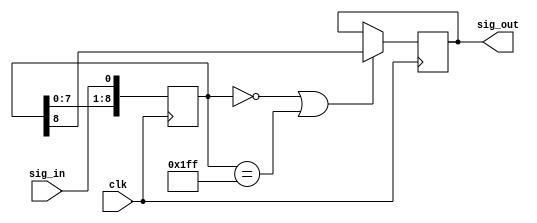
/*******************************************************************************
 *
 * Copyright(C) 2008-2020 ERC CISST, Johns Hopkins University.
 *
 * Debouncer works by changing the output only when the input remains steady
 * for a number of clock cycles (number of bits in the shift register).
 *
 * Select a clock frequency and shift register size based on need.  This acts
 * like a lowpass filter.  Lower frequency and/or larger register results in a
 * lower cutoff frequency with greater in-to-out delay (and vice versa).
 *
 * Revision history
 *     05/20/08    Paul Thienphrapa    Initial revision
 */
 

module Debounce(
    input  wire clk,      // clock to use for debouncing
    input  wire sig_in,   // raw signal input
    output reg  sig_out   // debounced signal output
);

    // # of consecutive bits required for a signal transition
    parameter bits = 9;

    // local wires and registers
    reg[bits-1:0] sig_shift;     // input signal shift register
    wire[bits-1:0] all_zeros;    // vector of all zeros
    wire[bits-1:0] all_ones;     // vector of all ones

//------------------------------------------------------------------------------
// hardware description
//

// seems like this helps the synthesizer
assign all_zeros = 0;
assign all_ones = ~0;

// shift register for storing input signal
always @(posedge(clk))
    sig_shift <= { sig_shift[bits-2:0], sig_in };

// output signal follows input only when shift register filled uniformly
always @(posedge(clk))
begin
    if ((sig_shift==all_zeros) || (sig_shift==all_ones))
        sig_out <= sig_shift[bits-1];
end

endmodule